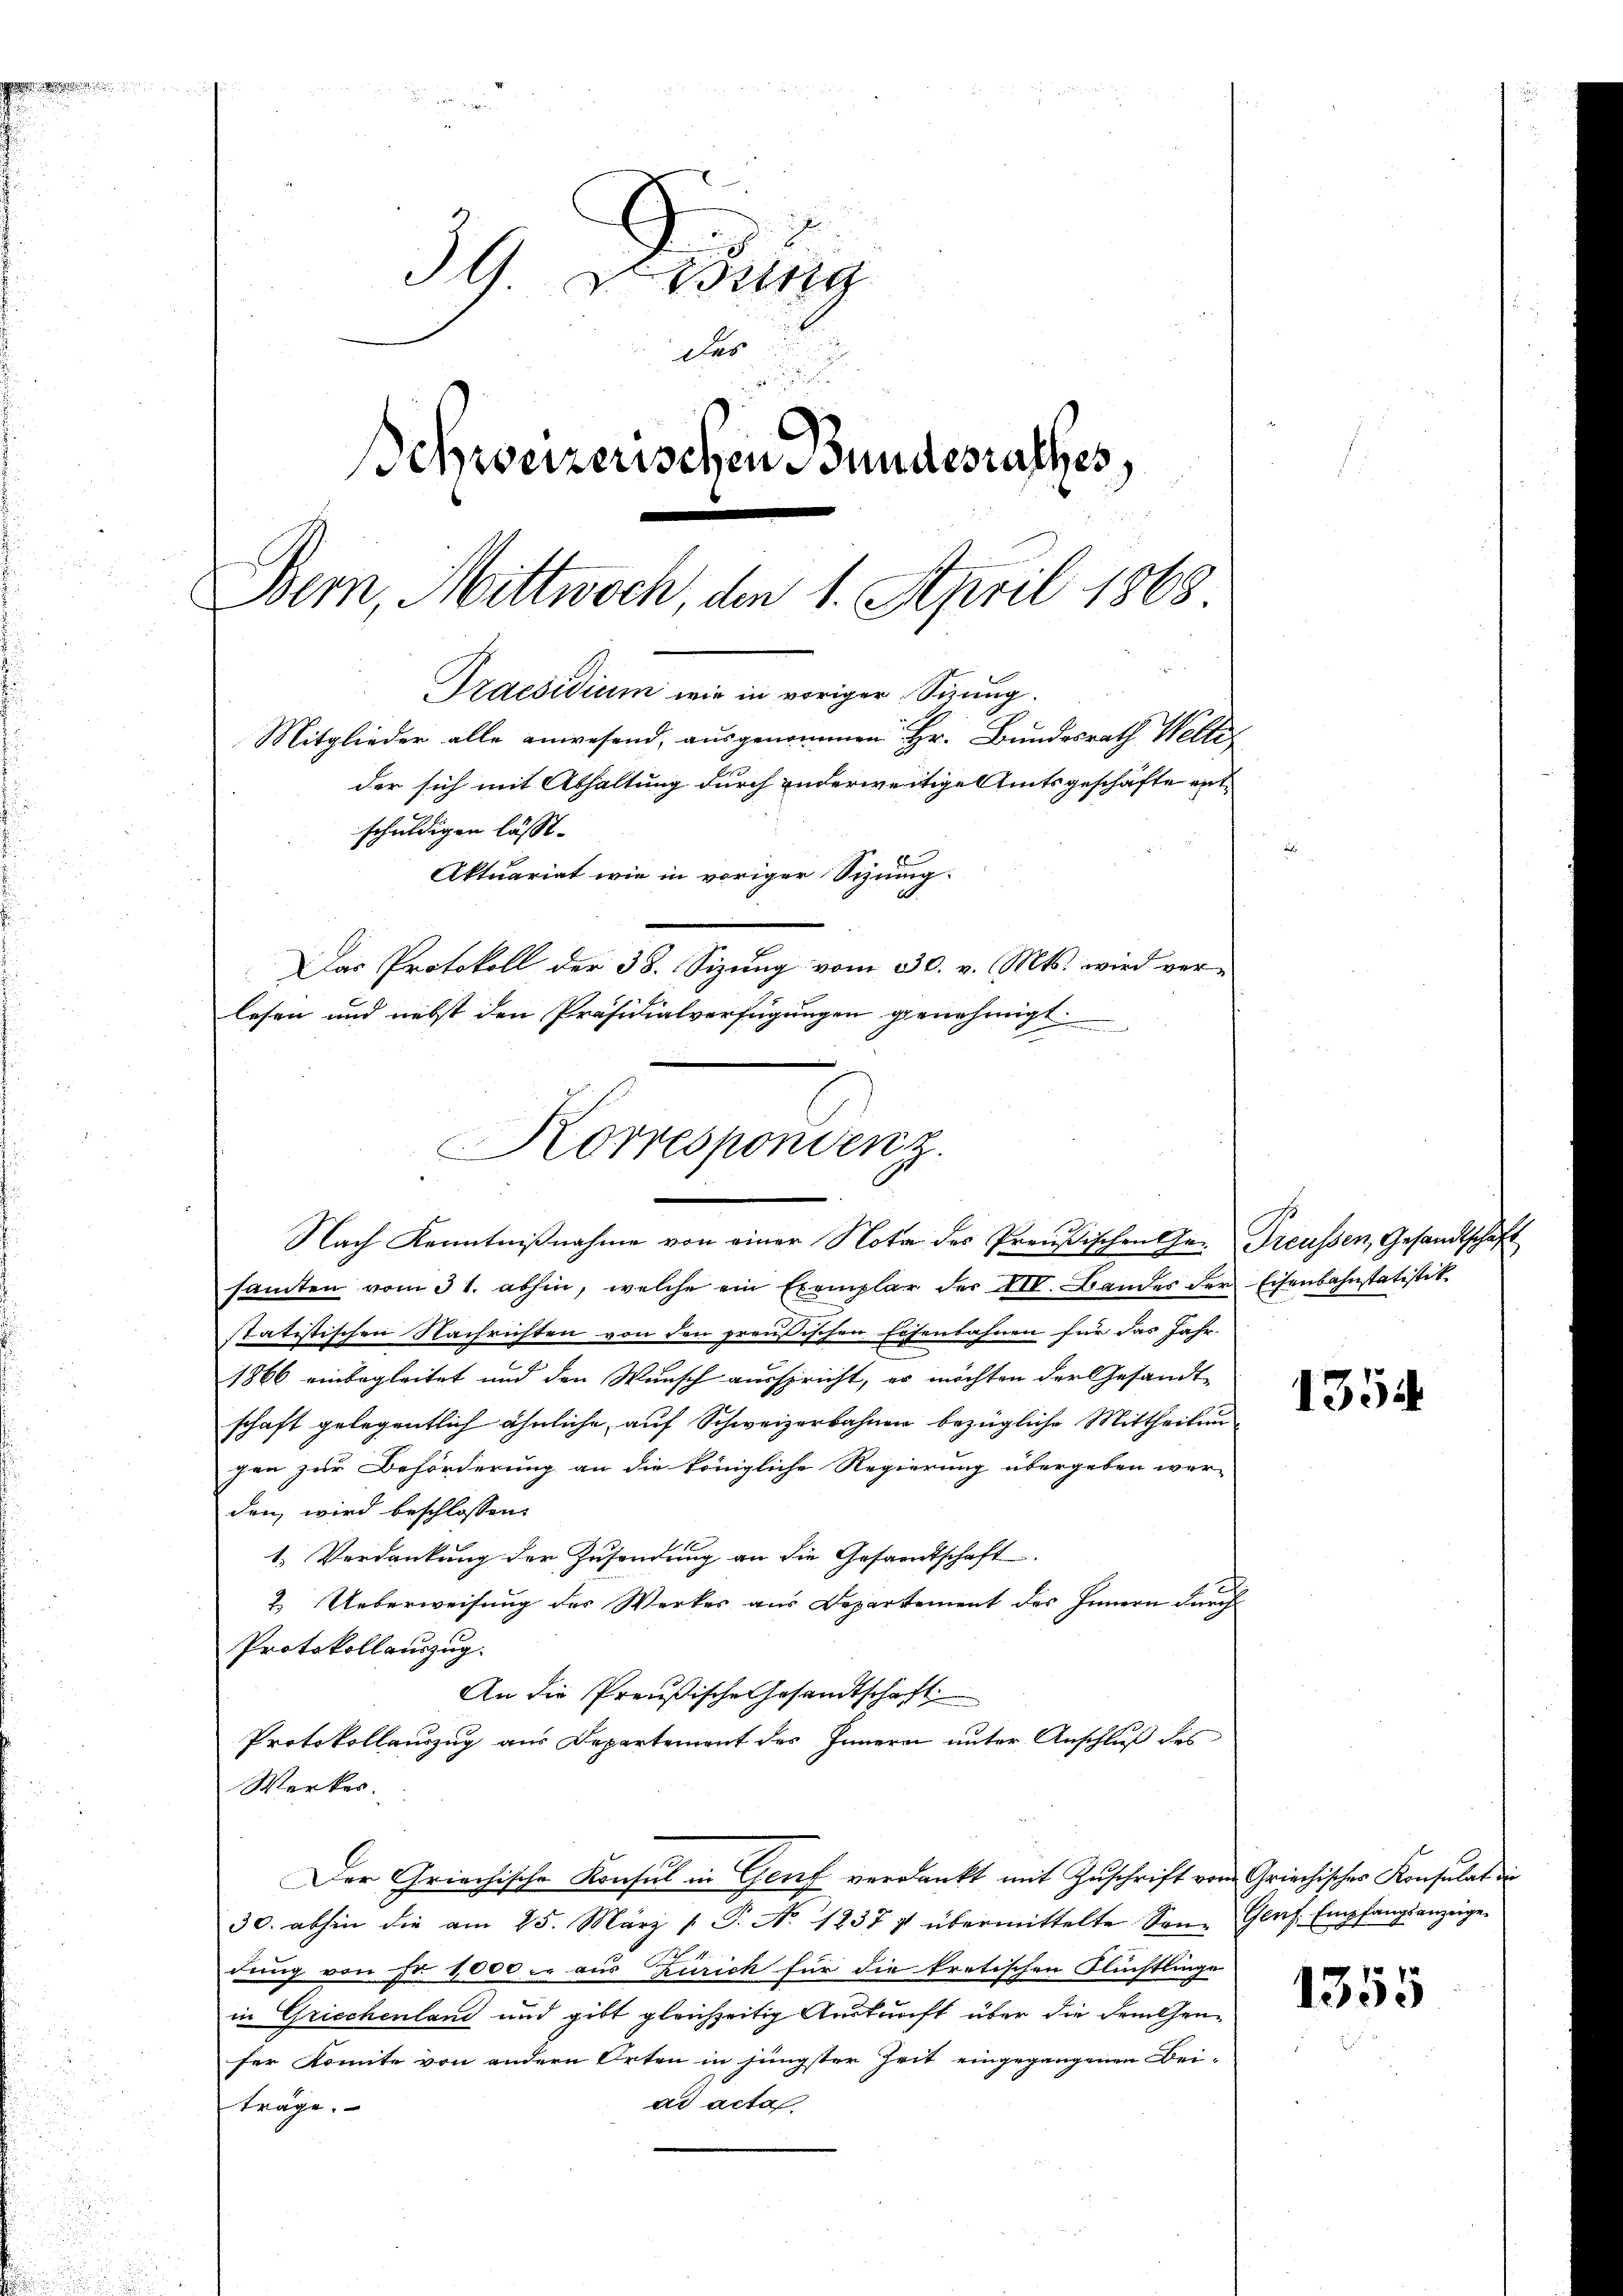
b

39 ung
Das
e
Schweizerischen Bundesrathes,
Bern, Mittwoch, den 1. April 1868
Praesidium wir in voriger Sinng.
Mitglieder alle anwesend, ausgenommen Hr. Bundesrath Welti
der sich mit Abhaltung durch anderweitige Amtsgeschäfte entschuldigen lässt.
Aktuariat wie in voriger Sinnig-
Das Protokoll der 38. Sizung vom 30. v. Mts. wird ver-
lesen und nebst den Präsidialverfügungen genehmigt.

Korrespondenz

Nach Kenntnißnahme von einer Nota des Preußischen Ge- Preussen, Gesandtscha
samten vom 31. abhin, welche ein Exemplar der III. Bandes der Eisenbahnstatistik.
statistischen Nachrichten von den preußischen Eisenbahnen für das Jahr-
1866 einbegleitet und den Wunsch ausspricht, er möchten der Gesandt-
schaft gelegentlich ähnliche, auf Schweizerbahnen bezügliche Mittheilun
gen zur Beförderung an die königliche Regierung übergeben wer-
den, wird beschlossen:
1. Verdankung der Zusendung an die Gesamtschaft
2. Ueberweisung des Werkes aus Departement des Innern durch
Protokollauszug.
An die Preußische Gesandtschaft
Protokollauszug aus Departement des Innern unter Anschluß des
Werkes.
Der Griechische Konsul in Genf verdankt mit Zŭschrift vom Griechisches Konsulat der
30. abhin die am 25. März /: P. N. 1837 & übermittelte Son- Genf Empfangsanzeige-
dung von Fr. 1000 er aus Zürich für die kretischen Flüchtlinge
in Griechenland und gibt gleichzeitig Auskunft über die Feuchen-
fer komite von andern Orten in jüngster Zeit eingegangenen Bei-
ad acta
träge.

1354

1355